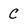
Character: C